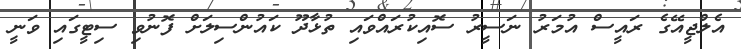
އެލްޖީއޭގެ ރައީސް އުމަރު ނަސީރު ސޮއިކުރައްވައި ތުޅާދޫ ކައުންސިލަށް ފޮނުވި ސިޓީގައި ވަނީ